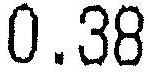
0.38